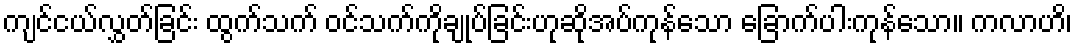
ကျင်ငယ်လွှတ်ခြင်း ထွက်သက် ဝင်သက်ကိုချုပ်ခြင်းဟုဆိုအပ်ကုန်သော ခြောက်ပါးကုန်သော။ ကလာဟိ၊